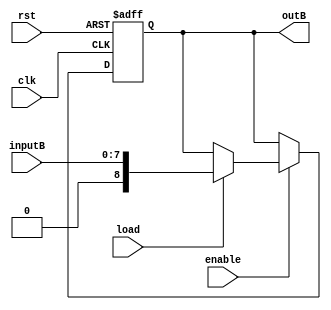
module regB (inputB, clk, rst, load, enable, outB);

input [7:0] inputB;
input clk, rst, load, enable;

output reg [8:0] outB;

always @( posedge clk or posedge rst)
begin
	if (rst == 1'b1)
		outB <= 8'b0000_0000;
	else
		begin
			if(enable == 1'b1)
				if(load == 1'b1)
					outB <= {1'b0, inputB[7:0]};
		end
end
endmodule